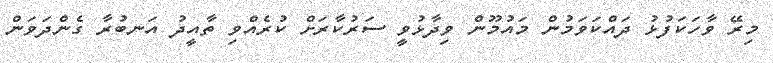
މިރޭ ވާހަކަފުޅު ދައްކަވަމުން މައުމޫން ވިދާޅުވީ ސަރުކާރަށް ކުރެއްވި ތާއީދު އަނބުރާ ގެންދަވަން